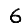
Digit: 6